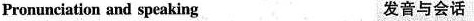
Pronunciation and speaking 发音与会话